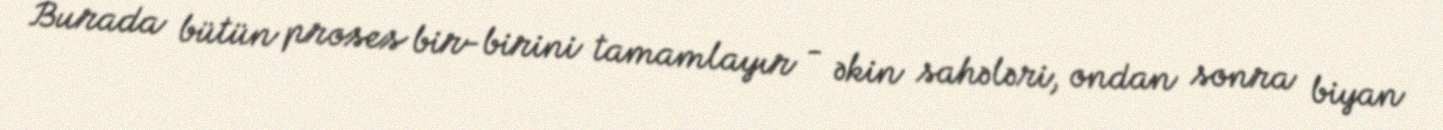
Burada bütün proses bir-birini tamamlayır - əkin sahələri, ondan sonra biyan